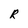
Character: R